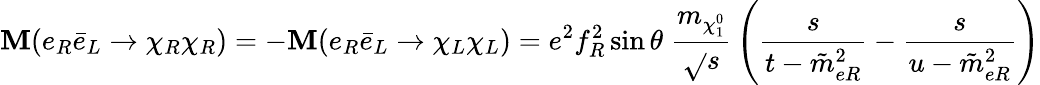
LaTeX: {\cal\mathbf{M}}(e_{R}\bar{{e}}_{L}\to\chi_{R}\chi_{R})=-{\cal\mathbf{M}}(e_{R}\bar{{e}}_{L}\to\chi_{L}\chi_{L})=e^{2}f_{R}^{2}\sin\theta\; {\frac{{m_{\chi_{1}^{0}}}}{{\sqrt{}{s}}}}\left({\frac{{s}}{{t-\tilde{{m}}_{eR}^{2}}}}-{\frac{{s}}{{u-\tilde{{m}}_{eR}^{2}}}}\right)